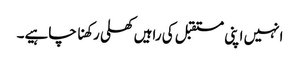
انہیں اپنی مستقبل کی راہیں کھلی رکھنا چاہیے۔